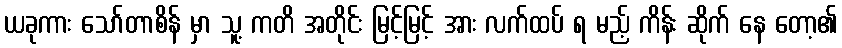
ယခုကား သော်တာစိန် မှာ သူ့ ကတိ အတိုင်း မြင့်မြင့် အား လက်ထပ် ရ မည့် ကိန်း ဆိုက် နေ တော့၏